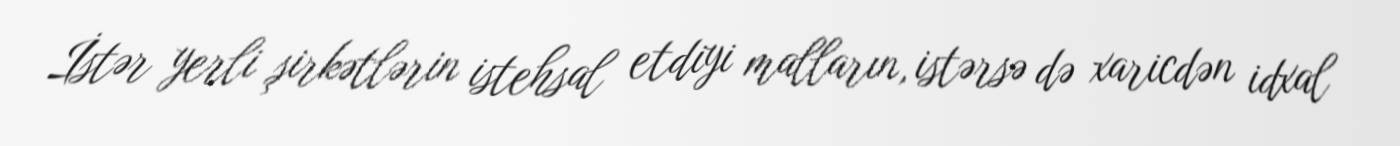
İstər yerli şirkətlərin istehsal etdiyi malların, istərsə də xaricdən idxal